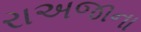
રાઅજાના